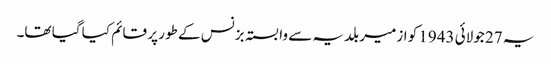
یہ 27 جولائی 1943 کو ازمیر بلدیہ سے وابستہ بزنس کے طور پر قائم کیا گیا تھا۔